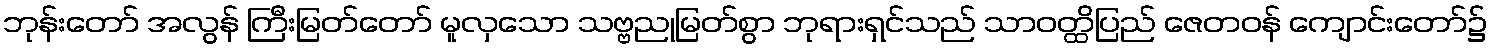
ဘုန်းတော် အလွန် ကြီးမြတ်တော် မူလှသော သဗ္ဗညုမြတ်စွာ ဘုရားရှင်သည် သာဝတ္ထိပြည် ဇေတဝန် ကျောင်းတော်၌